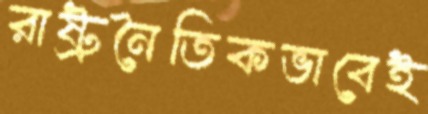
রাষ্ট্রনৈতিকভাবেই